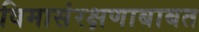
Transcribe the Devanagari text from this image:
विमासंरक्षणाबाबत